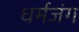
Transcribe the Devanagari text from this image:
धर्मजंग